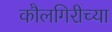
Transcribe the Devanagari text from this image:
कौलगिरीच्या